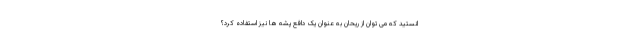
انستید که می توان از ریحان به عنوان یک دافع پشه ها نیز استفاده کرد؟